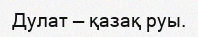
Дулат — қазақ руы.